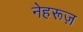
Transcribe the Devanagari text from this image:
नेहरूज़